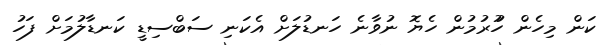
ކަން މިހެން ހުުރުމުން ހެޔޮ ނުވާނެ ހަނޑުލަށް އެކަނި ސަބްސިޑީ ކަނޑާލުމަށް ފަހު